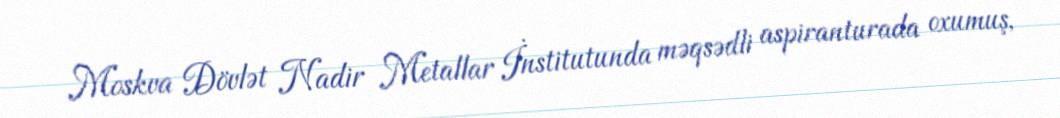
Moskva Dövlət Nadir Metallar İnstitutunda məqsədli aspiranturada oxumuş,